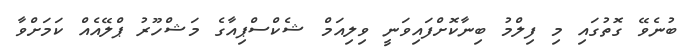
ބުނެވޭ ގޮތުގައި މި ފިލްމު ބިނާކޮށްފައިވަނީ ވިލިއަމް ޝެކްސްޕިއާގެ މަޝްހޫރު ޕްލޭއެއް ކަމަށްވާ